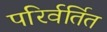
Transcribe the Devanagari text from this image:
परिर्वर्तित